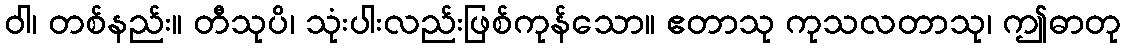
ဝါ၊ တစ်နည်း။ တီသုပိ၊ သုံးပါးလည်းဖြစ်ကုန်သော။ ဧတာသု ကုသလတာသု၊ ဤဓာတု